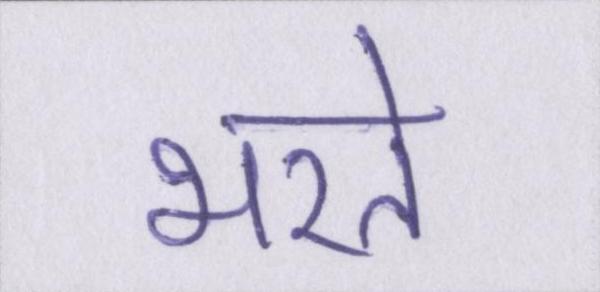
भरते